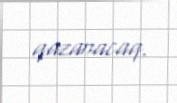
qazanacaq.